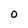
Character: O